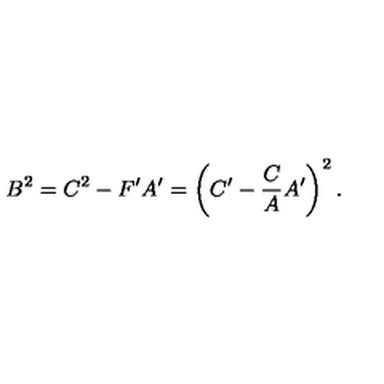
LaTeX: B ^ { 2 } = C ^ { 2 } - F ^ { \prime } A ^ { \prime } = \left( C ^ { \prime } - \frac { C } { A } A ^ { \prime } \right) ^ { 2 } .